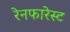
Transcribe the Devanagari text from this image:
रेनफारेस्ट